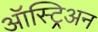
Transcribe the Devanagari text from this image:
ऑस्ट्रिअन